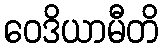
ဝေဒိယာမီတိ